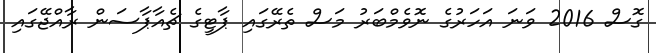
ގޮސް 2016 ވަނަ އަހަރުގެ ނޮވެމްބަރު މަސް ތެރޭގައި ޕާޓީގެ ޗެއާޕާސަން ރާއްޖޭގައި